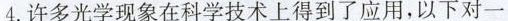
4.许多光学现象在科学技术上得到了应用，以下对一